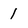
Character: 1